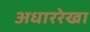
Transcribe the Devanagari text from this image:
अधाररेखा